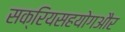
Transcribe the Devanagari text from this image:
सक्रियसहयोगऔर